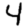
Digit: 4